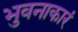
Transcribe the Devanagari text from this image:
भुवनाकारं